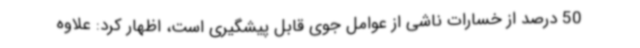
50 درصد از خسارات ناشی از عوامل جوی قابل پیشگیری است، اظهار کرد: علاوه